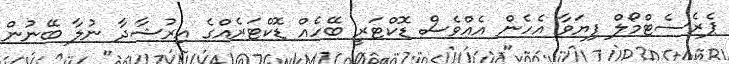
ޕެރެސެޓްމޯލް ފިޔަވާ އެހެން އެއްވެސް ޑޮކްޓަރީ ބޭހެއް ޑޮކްޓަރެއްގެ އިރުޝާދާ ނުލާ ބޭނުން